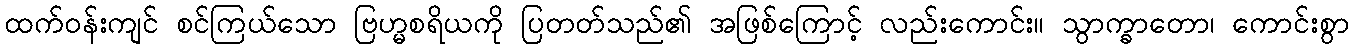
ထက်ဝန်းကျင် စင်ကြယ်သော ဗြဟ္မစရိယကို ပြတတ်သည်၏ အဖြစ်ကြောင့် လည်းကောင်း။ သွာက္ခာတော၊ ကောင်းစွာ